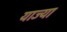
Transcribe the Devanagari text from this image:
याज्या